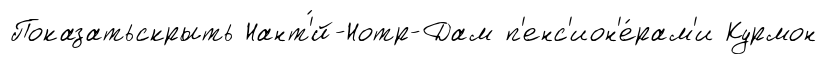
Показатьскрыть Нант'́й-Нотр-Дам п'енс'ион'е́рам'и Курмон